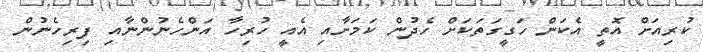
ކުރިއަށް އޮތީ އެކަން ހަގީގަތަކަށް ހެދުން ކަމަށާއި އެއީ ހުރިހާ އަންހެނުންނާއި ފިރިހެނުން